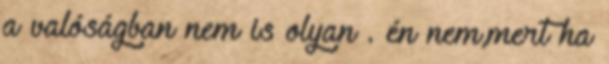
a valóságban nem is olyan . én nem,mert ha